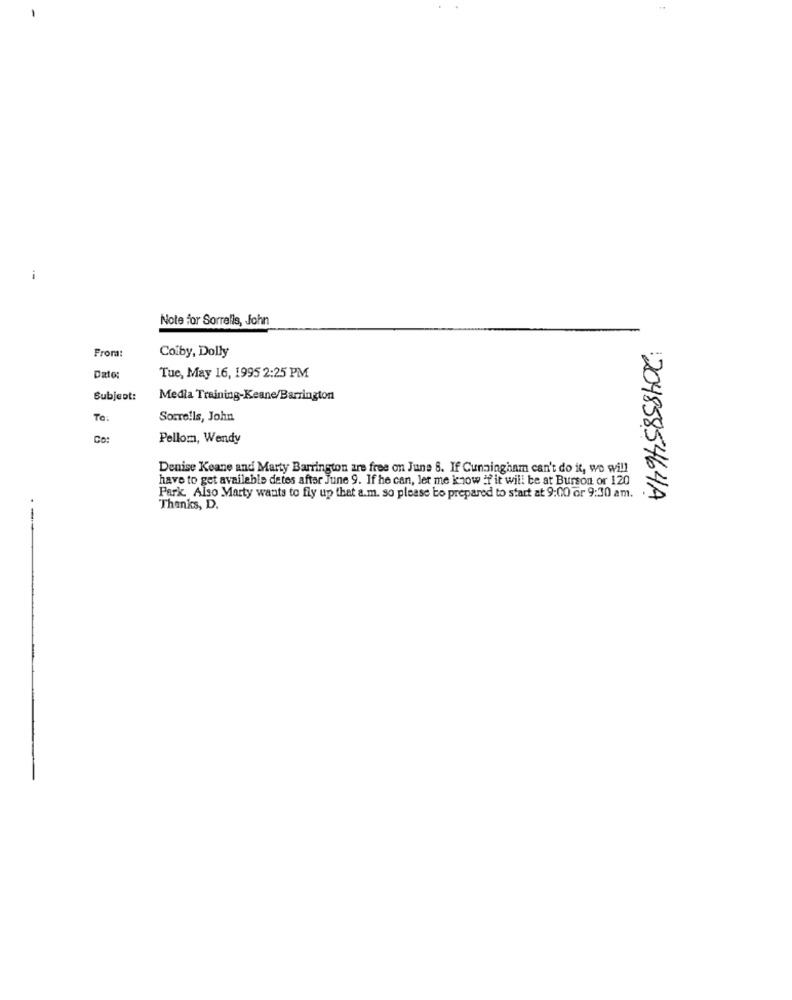
Note for Sorrells, John
Colby, Dolly
From:
Dato
Tue, May 16, 1995 2:25 PM
Subject:
Media Training-Keane/Barrington
To:
Sorrells, John
Co:
Pellom, Wendy
Denise Keane and Marty Barrington are free on June 8. If Cunningham can't do it, we will
have to get available detes after June 9. If he can, let me know if it will be at Burson or 120
Park. Also Marty wants to fly up that a.m. so please bo prepared to start at 9:00 or 9:30 am.
2048585464A
Thanks, D.
-